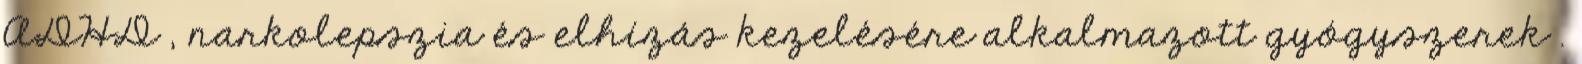
ADHD , narkolepszia és elhízás kezelésére alkalmazott gyógyszerek .